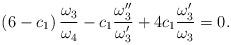
LaTeX: \begin{align*}\left( 6-c_{1}\right) \frac{\omega _{3}}{\omega _{4}}-c_{1}\frac{\omega_{3}^{\prime \prime }}{\omega _{3}^{\prime }}+4c_{1}\frac{\omega_{3}^{\prime }}{\omega _{3}}=0. \end{align*}